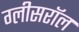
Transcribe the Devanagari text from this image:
ग्लीसरॉल